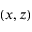
( x , z )